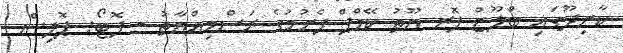
ކާށިދޫގައި ބްލޫޒް ފޮރ ޔޫތު ކޭމްޕް ފެށުމުގެ ރަސްމިއްޔާތު - ފޮޓޯ: ޕޮލިސް